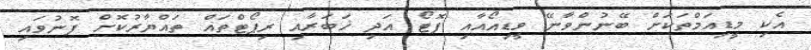
އެކި މީޑިއަމްތަކަށް ބޭނުންވާނޭ ވީޑިއޯއާއި ފޮޓޯ އަދި ޚަބަރާއި ރިޕޯޓްތައް ތައްޔާރުކޮށް ފޮނުވައި